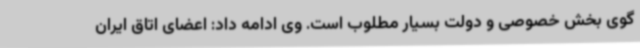
گوی بخش خصوصی و دولت بسیار مطلوب است. وی ادامه داد: اعضای اتاق ایران